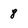
Character: 8